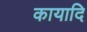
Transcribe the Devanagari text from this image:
कायादि